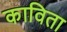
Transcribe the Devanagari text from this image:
काविता